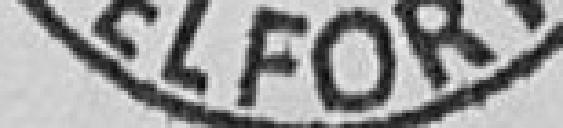
Belfort